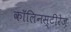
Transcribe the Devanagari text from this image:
कॉलिनस्टीरेज़